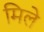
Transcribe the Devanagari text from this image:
मिले